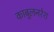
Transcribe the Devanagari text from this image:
काबुलनरेश